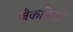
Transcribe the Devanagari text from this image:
जैकफिश